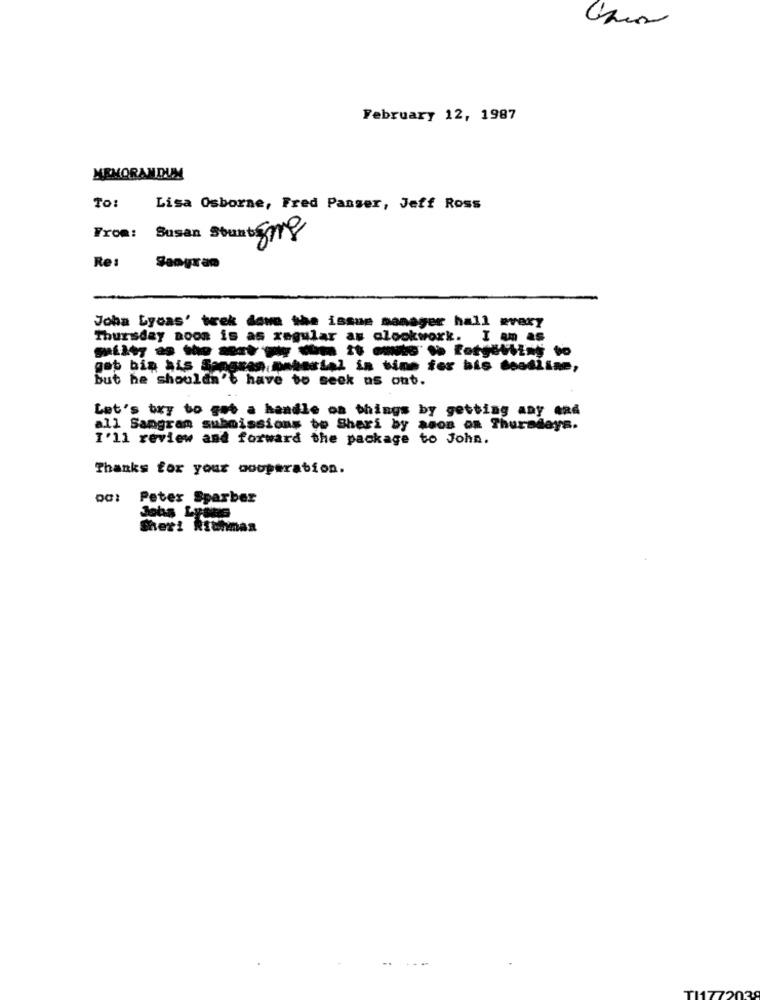
February 12, 1987
MEMORANDUM
To :
Lisa Osborne, Fred Panser, Jeff Ross
From: Susan Stunt 59
Re:
Sangram
Joha Lycas' trek dave the issue manager hall every
Thursday noon is as regular as clockwork. I am as
gab biş ais Sangran pmhastal in time for bis deadline,
but he shouldn't have to seek us out.
Let's try to get a handle on things by getting any And
all Samgram submissions bo Sheri by ados on Thursdays.
I'll review and forward the package to John.
Thanks for your cooperation.
Peter Sparber
Jobs Lyons
Sher: Richman